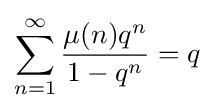
\sum _{n=1}^{\infty }{\frac {\mu (n)q^{n}}{1-q^{n}}}=q